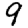
Digit: 9